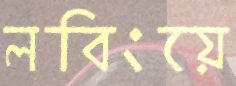
লবিংয়ে